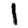
Digit: 1